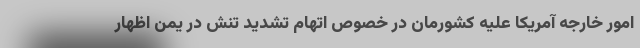
امور خارجه آمریکا علیه کشورمان در خصوص اتهام تشدید تنش در یمن اظهار